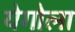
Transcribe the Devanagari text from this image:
येगोला